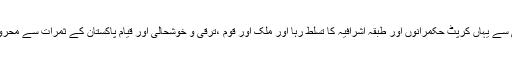
بد قسمتی سے یہاں کرپٹ حکمرانوں اور طبقہ اشرافیہ کا تسلط رہا اور ملک اور قوم ،ترقی و خوشحالی اور قیام پاکستان کے ثمرات سے محروم رہے ۔